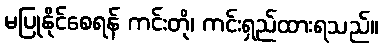
မပြုနိုင်စေရန် ကင်းတို၊ ကင်းရှည်ထားရသည်။